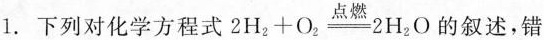
1.下列对化学方程式$$2 H _ { 2 } + O _ { 2 } \xlongequal { 点 燃 } 2 H _ { 2 } O$$的叙述，错